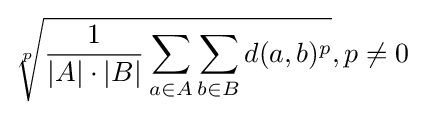
{\sqrt[{p}]{{\frac {1}{|A|\cdot |B|}}\sum _{a\in A}\sum _{b\in B}d(a,b)^{p}}},p\neq 0